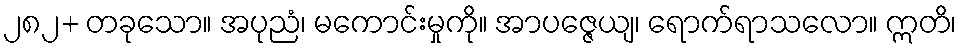
၂၈၂+ တခုသော။ အပုညံ၊ မကောင်းမှုကို။ အာပဇ္ဇေယျ၊ ရောက်ရာသလော။ ဣတိ၊